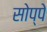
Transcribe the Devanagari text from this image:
सोप्पे